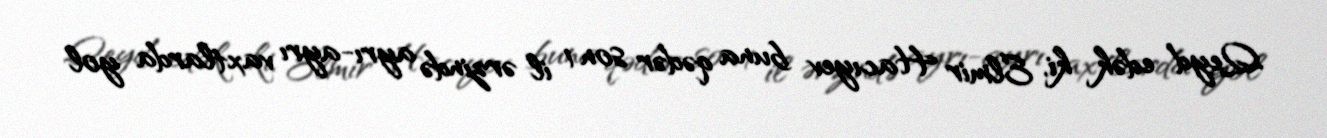
Qeyd edək ki, Elmir Hacıyev buna qədər son 1 il ərzində ayrı-ayrı vaxtlarda yol